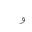
Letter: _waw